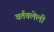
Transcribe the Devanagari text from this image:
वर्तवलेली